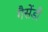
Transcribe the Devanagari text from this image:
गैसेंडी